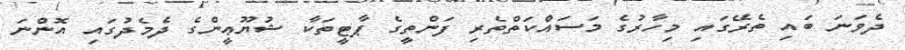
ދެވަނަ ބައި ތެރޭގައި މިހާރުގެ މަސައްކަތްތެރި ފަންތީގެ ޕާޓީތަކާ ޝުޔޫޢީންގެ ދެމެދުގައި އޮންނަ